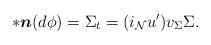
LaTeX: \begin{align*} \ast\boldsymbol{n}(d\phi)=\Sigma_{t}=(i_{\mathcal{N}}u')v_{\Sigma}\Sigma. \end{align*}